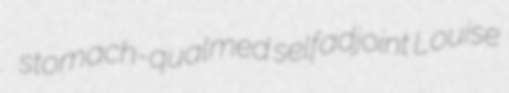
stomach-qualmed selfadjoint Louise